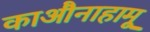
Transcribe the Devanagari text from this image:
काऔनाहामू